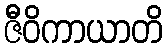
ဇီဝိကာယာတိ